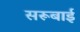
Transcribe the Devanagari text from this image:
सरूबाई